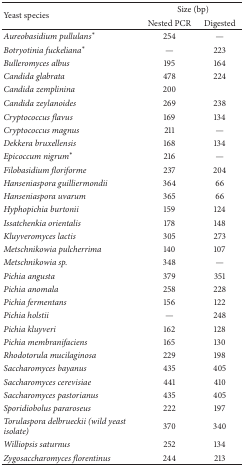
<table><thead><tr><td rowspan="2"><b>Yeast species</b></td><td colspan="2"><b>Size (bp) </b></td></tr><tr><td><b>Nested PCR </b></td><td><b>Digested</b></td></tr></thead><tbody><tr><td><i>Aureobasidium pullulans</i>*</td><td>254 </td><td>—</td></tr><tr><td><i>Botryotinia fuckeliana</i>*</td><td>—</td><td>223 </td></tr><tr><td><i>Bulleromyces albus </i></td><td>195 </td><td>164 </td></tr><tr><td><i>Candida glabrata </i></td><td>478 </td><td>224 </td></tr><tr><td><i>Candida zemplinina </i></td><td>200 </td><td> </td></tr><tr><td><i>Candida zeylanoides </i></td><td>269 </td><td>238 </td></tr><tr><td><i>Cryptococcus flavus </i></td><td>169 </td><td>134 </td></tr><tr><td><i>Cryptococcus magnus </i></td><td>211 </td><td>—</td></tr><tr><td><i>Dekkera bruxellensis </i></td><td>168 </td><td>134 </td></tr><tr><td><i>Epicoccum nigrum</i>*</td><td>216 </td><td>—</td></tr><tr><td><i>Filobasidium floriforme </i></td><td>237 </td><td>204 </td></tr><tr><td><i>Hanseniaspora guilliermondii </i></td><td>364 </td><td>66 </td></tr><tr><td><i>Hanseniaspora uvarum </i></td><td>365 </td><td>66 </td></tr><tr><td><i>Hyphopichia burtonii </i></td><td>159 </td><td>124 </td></tr><tr><td><i>Issatchenkia orientalis </i></td><td>178 </td><td>148 </td></tr><tr><td><i>Kluyveromyces lactis </i></td><td>305 </td><td>273 </td></tr><tr><td><i>Metschnikowia pulcherrima </i></td><td>140 </td><td>107 </td></tr><tr><td><i>Metschnikowia sp. </i></td><td>348 </td><td>—</td></tr><tr><td><i>Pichia angusta </i></td><td>379 </td><td>351 </td></tr><tr><td><i>Pichia anomala </i></td><td>258 </td><td>228 </td></tr><tr><td><i>Pichia fermentans </i></td><td>156 </td><td>122 </td></tr><tr><td><i>Pichia holstii </i></td><td>—</td><td>248 </td></tr><tr><td><i>Pichia kluyveri </i></td><td>162 </td><td>128 </td></tr><tr><td><i>Pichia membranifaciens </i></td><td>165 </td><td>130 </td></tr><tr><td><i>Rhodotorula mucilaginosa </i></td><td>229 </td><td>198 </td></tr><tr><td><i>Saccharomyces bayanus </i></td><td>435 </td><td>405 </td></tr><tr><td><i>Saccharomyces cerevisiae </i></td><td>441 </td><td>410 </td></tr><tr><td><i>Saccharomyces pastorianus </i></td><td>435 </td><td>405 </td></tr><tr><td><i>Sporidiobolus pararoseus </i></td><td>222 </td><td>197 </td></tr><tr><td><i>Torulaspora delbrueckii (wild yeast isolate) </i></td><td>370 </td><td>340 </td></tr><tr><td><i>Williopsis saturnus </i></td><td>252 </td><td>134 </td></tr><tr><td><i>Zygosaccharomyces florentinus </i></td><td>244 </td><td>213 </td></tr></tbody></table>